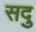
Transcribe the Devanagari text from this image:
सदु